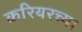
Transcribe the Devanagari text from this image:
करियरच्या